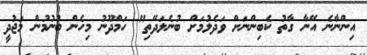
އިންނާނެ އޭނާ ގާތު ކެބިންނަށް ވަދެލުމަށް ބުނެލަދޭތި" ހަމްދޫނު މިހެން ބުނުމުން މަޖުދީ